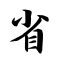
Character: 省